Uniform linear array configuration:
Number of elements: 24
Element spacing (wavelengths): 0.5
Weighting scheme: blackman
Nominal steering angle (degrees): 30
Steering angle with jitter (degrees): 29.983
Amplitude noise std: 0.05
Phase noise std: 0.05

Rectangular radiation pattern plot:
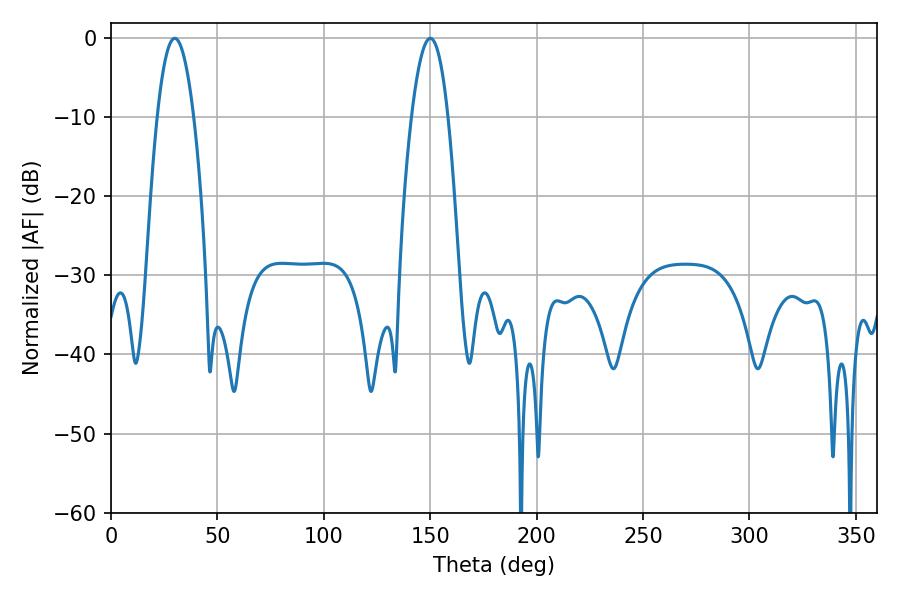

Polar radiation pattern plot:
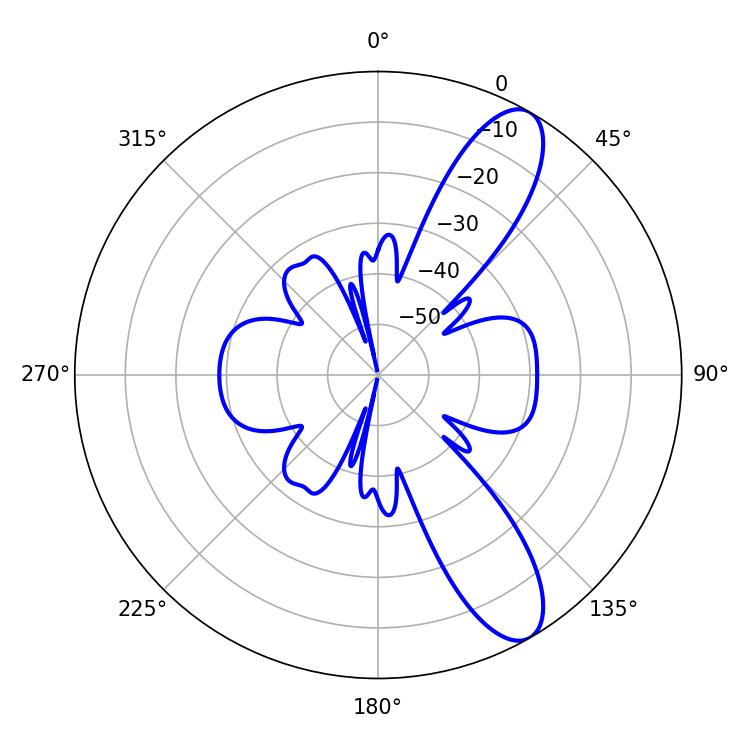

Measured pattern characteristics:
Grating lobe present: FALSE
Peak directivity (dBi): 10.528
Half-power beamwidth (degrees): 9.36
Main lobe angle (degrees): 29.88